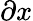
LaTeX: \partial x